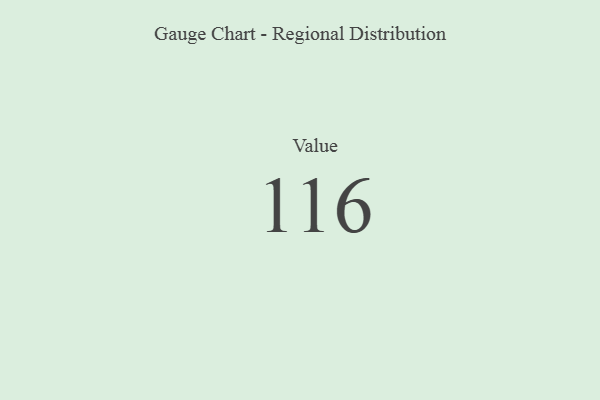
{"axis": {"x": "Metric", "y": "Value"}, "legend": [""], "data": [{"x": "Value", "y": 116, "type": ""}]}